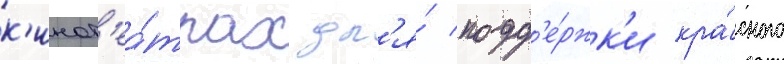
к'инот'еа́трах дл'я́ подд'е́ржк'и кра́сного